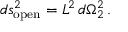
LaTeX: d s _ { \mathrm { o p e n } } ^ { 2 } = L _ { \vphantom 2 } ^ { 2 } \, d \Omega _ { 2 } ^ { 2 } \, .